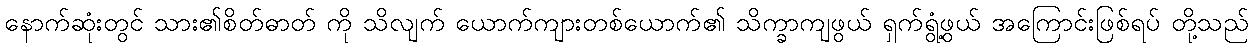
နောက်ဆုံးတွင် သား၏စိတ်ဓာတ် ကို သိလျက် ယောက်ကျားတစ်ယောက်၏ သိက္ခာကျဖွယ် ရှက်ရွံ့ဖွယ် အကြောင်းဖြစ်ရပ် တို့သည်